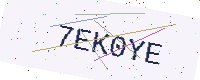
Text: 7EK0YE